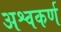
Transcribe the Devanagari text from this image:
अश्वकर्ण